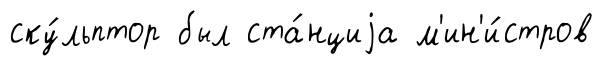
ску́льптор был ста́нциjа м'ин'и́стров